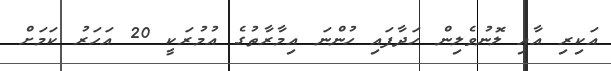
އަކިރި އާއި ލޮނުވެލިން ހަދާފައި ހުންނަ އިމާރާތުގެ އުމުރަކީ 20 އަހަރު ކަމަށް